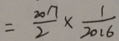
= \frac { 2 0 1 7 } { 2 } \times \frac { 1 } { 2 0 1 6 }